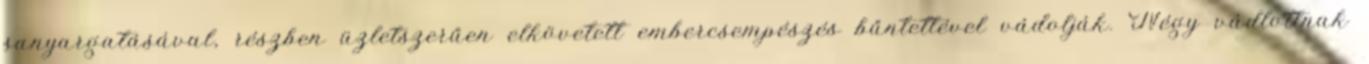
sanyargatásával, részben üzletszerűen elkövetett embercsempészés bűntettével vádolják. Négy vádlottnak